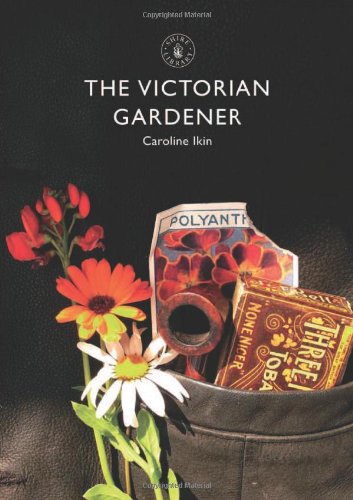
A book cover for The Victorian Gardener (Shire Library); Caroline Ikin; Crafts, Hobbies & Home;